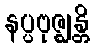
နပ္ပဗုဇ္ဈန္တိ